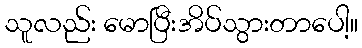
သူလည်း မောပြီးအိပ်သွားတာပေါ့။